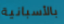
بالأسبانية